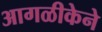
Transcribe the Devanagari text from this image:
आगळीकेने